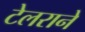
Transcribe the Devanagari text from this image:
टेलराने